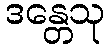
ဒန္တေသု